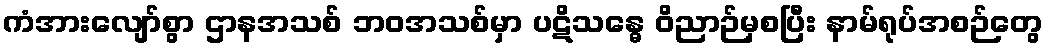
ကံအားလျော်စွာ ဌာနအသစ် ဘဝအသစ်မှာ ပဋိသန္ဓေ ဝိညာဉ်မှစပြီး နာမ်ရုပ်အစဉ်တွေ